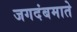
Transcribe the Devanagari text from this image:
जगदंबमाते